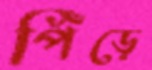
পিঁঁড়ে